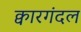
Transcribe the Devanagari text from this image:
क्वारगंदल